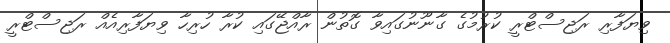
ވިޔަފާރި ރަޖިސްޓްރީ ކުރުމުގެ ގާނޫނުގައިވާ ގޮތުން ރާއްޖޭގައި ކުރާ ހުރިހާ ވިޔަފާރިއެއް ރަޖިސްޓްރީ